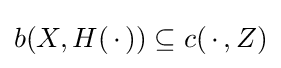
b(X,H(\,\cdot \,))\subseteq c(\,\cdot \,,Z)